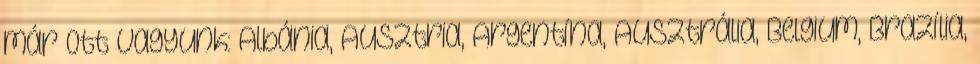
már ott vagyunk: Albánia, Ausztria, Argentína, Ausztrália, Belgium, Brazília,